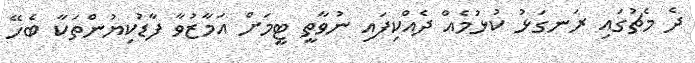
ދެ މެޗުގައި ރަނގަޅު ކުޅުމެއް ދެއްކިފައި ނުވާތީ ޓީމަށް އަމާޒުވާ ފާޑުކިޔުންތަކާ ބެހޭ